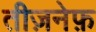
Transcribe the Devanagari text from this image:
तीज़नेफ़